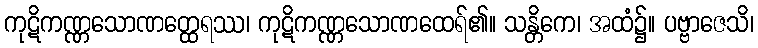
ကုဋိကဏ္ဏသောဏတ္ထေရဿ၊ ကုဋိကဏ္ဏသောဏထေရ်၏။ သန္တိကေ၊ အထံ၌။ ပဗ္ဗာဇေသိ၊